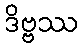
ဒိဗ္ဗဿ